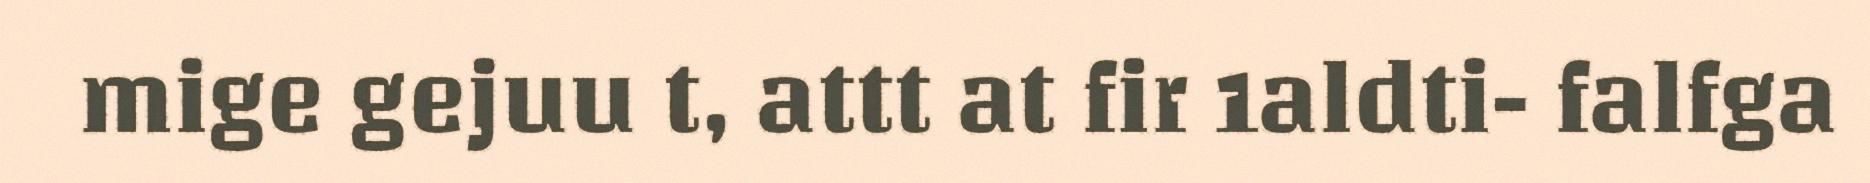
mige gejuu t, attt at fir 1aldti- falfga